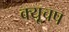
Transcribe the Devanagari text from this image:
क्यूचप